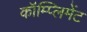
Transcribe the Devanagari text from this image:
कॉम्प्लिमेंट